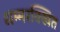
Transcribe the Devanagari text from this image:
धम्मरक्खित